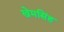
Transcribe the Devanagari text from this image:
खेमसिंह